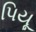
પિયૂ